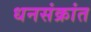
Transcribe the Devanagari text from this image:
धनसंक्रांत